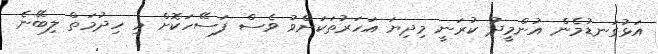
އަޅުގަނޑުމެން އުންމީދު ކުރަނީ މިދިޔަ އަހަރުތަކަށްވު ވެސް ފަސޭހަކޮށް މި ހިދުމަތް ލިބޭނެ